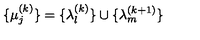
\lbrace \mu _ { j } ^ { ( k ) } \rbrace = \lbrace \lambda _ { l } ^ { ( k ) } \rbrace \cup \lbrace \lambda _ { m } ^ { ( k + 1 ) } \rbrace